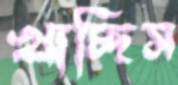
খাচ্ছিস